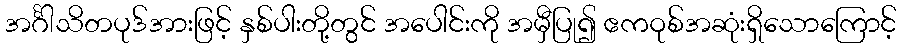
အင်္ဂါသိတပုဒ်အားဖြင့် နှစ်ပါးတို့တွင် အပေါင်းကို အမှီပြု၍ ဧကဝုစ်အဆုံးရှိသောကြောင့်